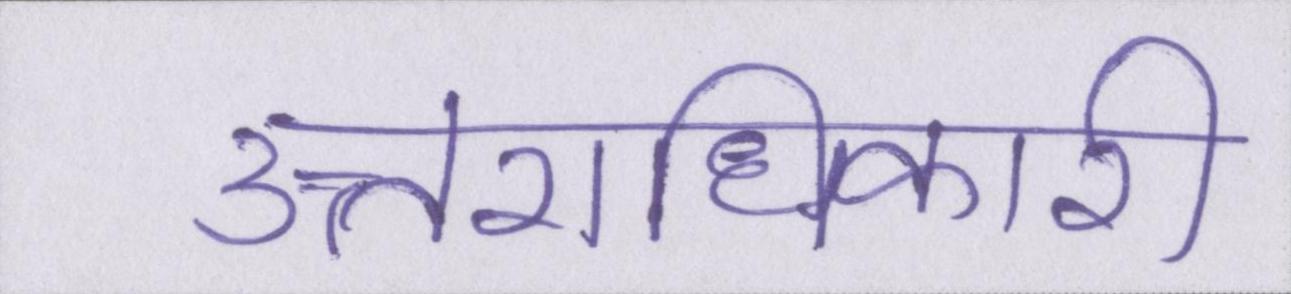
उत्तराधिकारी